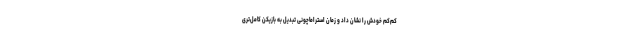
کم‌کم خودش را نشان داد و زمان استراماچونی تبدیل به بازیکن کامل‌تری